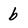
Character: b